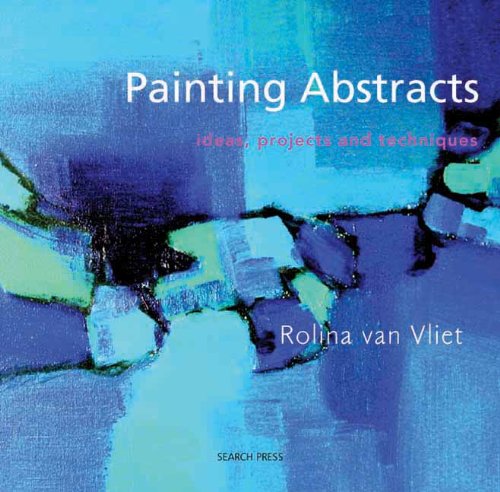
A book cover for Painting Abstracts: Ideas, Projects and Techniques; Rolina Van Vliet; Arts & Photography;